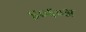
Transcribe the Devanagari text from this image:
४०६०अ